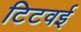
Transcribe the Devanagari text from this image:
टिटवई